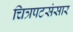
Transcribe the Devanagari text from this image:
चित्रपटसंसार